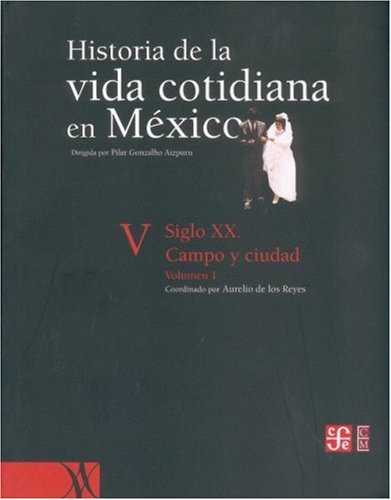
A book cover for Historia de la vida cotidiana en MÃ©xico : tomo V : volumen 1. Siglo XX. Campo y ciudad (Spanish Edition); Reyes Aurelio de los; History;